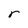
Character: r